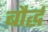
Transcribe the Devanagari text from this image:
बौर्द्ध